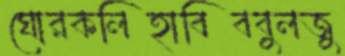
ঘোরকলিহাবিববুলজু